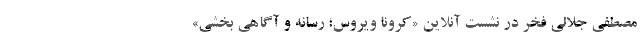
مصطفی جلالی فخر در نشست آنلاین «کرونا ویروس؛ رسانه و آگاهی بخشی»